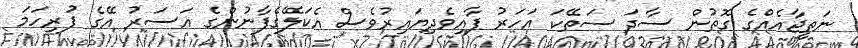
ނަތީޖާއެއްގެ ގޮތުން ސާދަ ސަތޭކަ އަހަރު ފާއިވެދިޔައިރުވެސް އެކަލޭގެފާނުންގެ އަސަރު އޭގެ ފުރިހަމަ